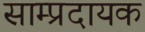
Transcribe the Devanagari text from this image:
साम्प्रदायक